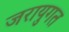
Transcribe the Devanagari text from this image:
जरायुगत